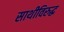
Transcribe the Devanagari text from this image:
साथीविरुद्ध